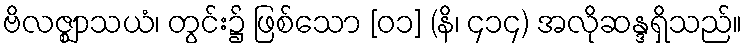
ဗိလဇ္ဈာသယံ၊ တွင်း၌ ဖြစ်သော [၀၁] (နိ၊ ၄၁၄) အလိုဆန္ဒရှိသည်။